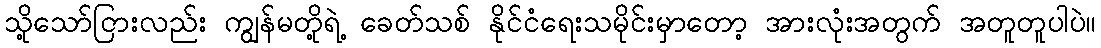
သို့သော်ငြားလည်း ကျွန်မတို့ရဲ့ ခေတ်သစ် နိုင်ငံရေးသမိုင်းမှာတော့ အားလုံးအတွက် အတူတူပါပဲ။